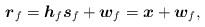
LaTeX: \begin{align*} \boldsymbol{r}_f=\boldsymbol{h}_f\boldsymbol{s}_f+\boldsymbol{w}_f=\boldsymbol{x}+\boldsymbol{w}_f,\end{align*}